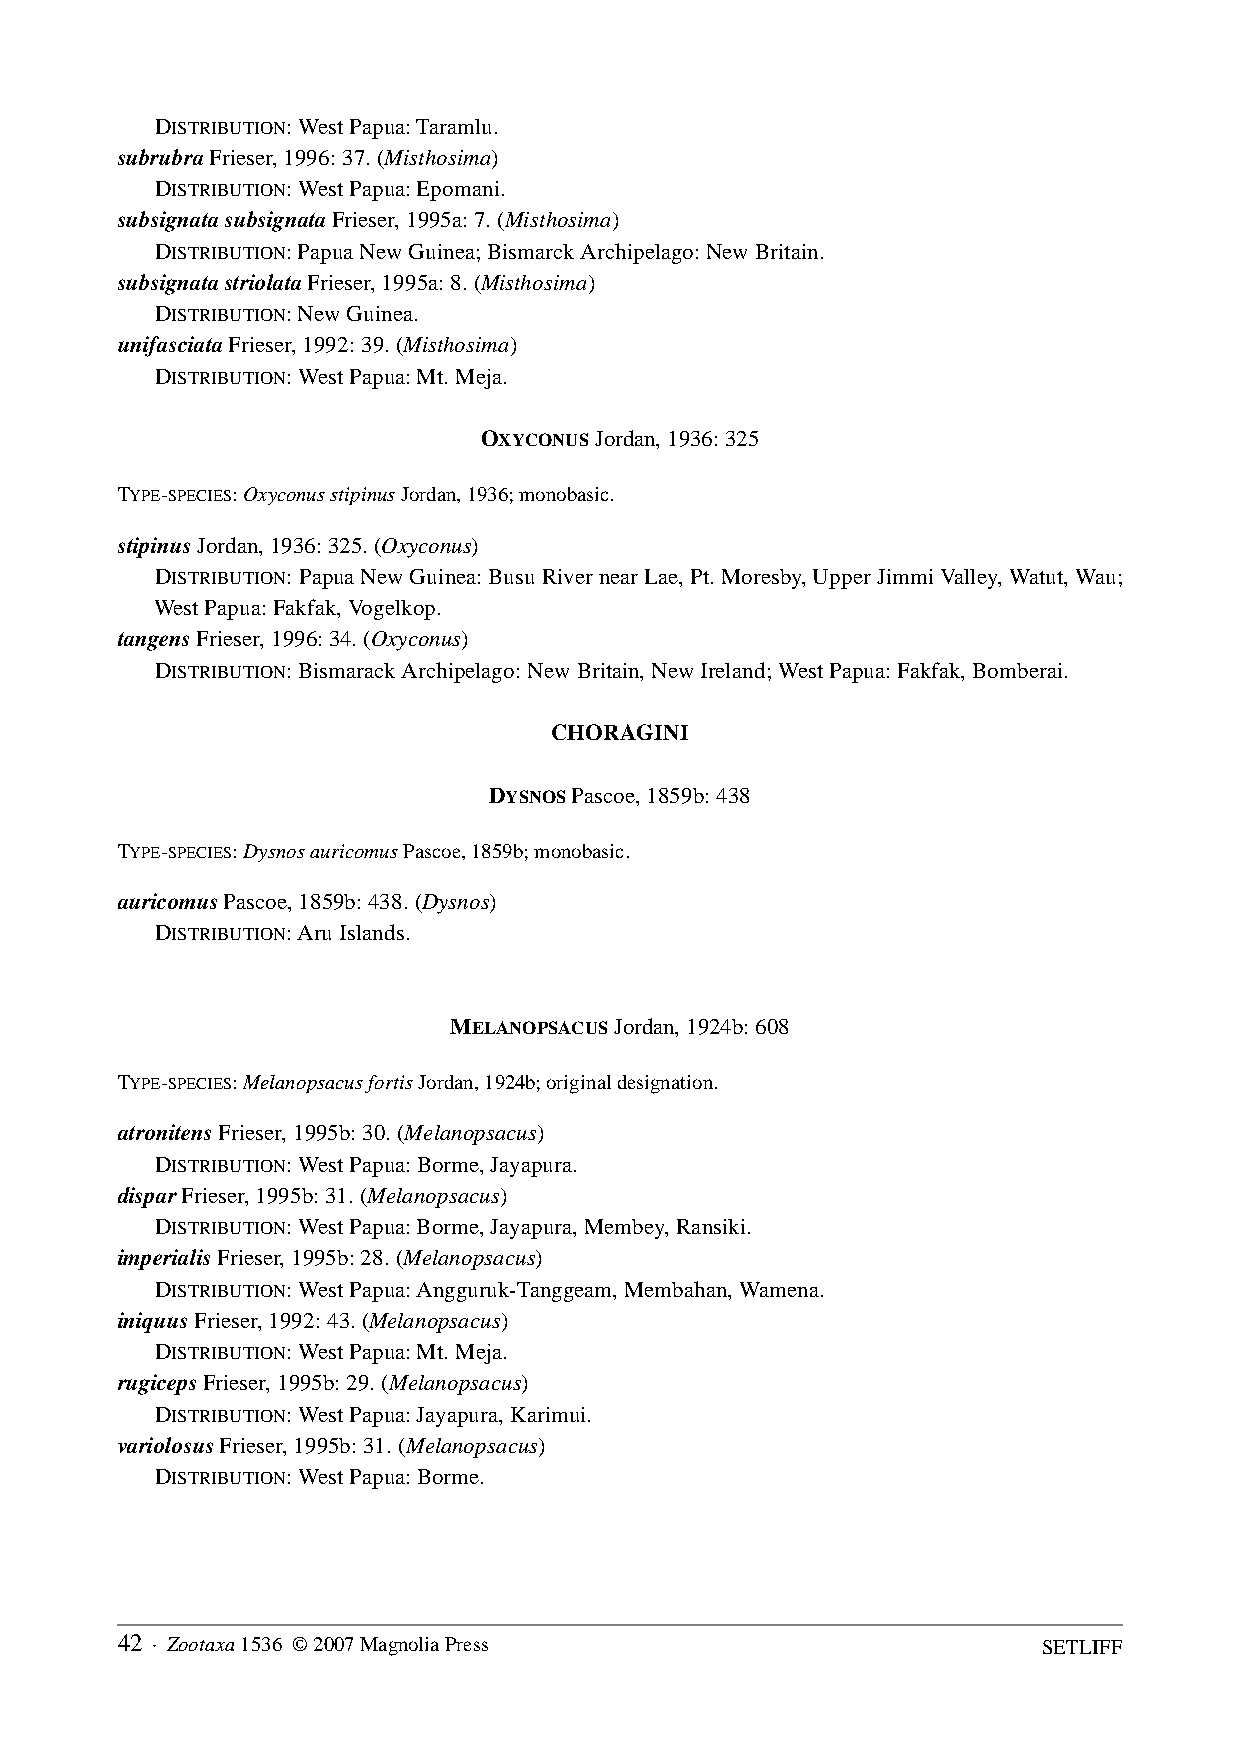
DISTRIBUTION: West Papua: Taramlu.
 subrubra Frieser, 1996: 37. (Misthosima)
 DISTRIBUTION: West Papua: Epomani.
 subsignata subsignata Frieser, 1995a: 7. (Misthosima)
 DISTRIBUTION: Papua New Guinea; Bismarck Archipelago: New Britain.
 subsignata striolata Frieser, 1995a: 8. (Misthosima)
 DISTRIBUTION: New Guinea.
 unifasciata Frieser, 1992: 39. (Misthosima)
 DISTRIBUTION: West Papua: Mt. Meja.
 OXYCONUS Jordan, 1936: 325
 TYPE-SPECIES: Oxyconus stipinus Jordan, 1936; monobasic.
 stipinus Jordan, 1936: 325. (Oxyconus)
 DISTRIBUTION: Papua New Guinea: Busu River near Lae, Pt. Moresby, Upper Jimmi Valley, Watut, Wau;
 West Papua: Fakfak, Vogelkop.
 tangens Frieser, 1996: 34. (Oxyconus)
 DISTRIBUTION: Bismarack Archipelago: New Britain, New Ireland; West Papua: Fakfak, Bomberai.
 CHORAGINI
 DYSNOS Pascoe, 1859b: 438
 TYPE-SPECIES: Dysnos auricomus Pascoe, 1859b; monobasic.
 auricomus Pascoe, 1859b: 438. (Dysnos)
 DISTRIBUTION: Aru Islands.
 MELANOPSACUS Jordan, 1924b: 608
 TYPE-SPECIES: Melanopsacus fortis Jordan, 1924b; original designation.
 atronitens Frieser, 1995b: 30. (Melanopsacus)
 DISTRIBUTION: West Papua: Borme, Jayapura.
 dispar Frieser, 1995b: 31. (Melanopsacus)
 DISTRIBUTION: West Papua: Borme, Jayapura, Membey, Ransiki.
 imperialis Frieser, 1995b: 28. (Melanopsacus)
 DISTRIBUTION: West Papua: Angguruk-Tanggeam, Membahan, Wamena.
 iniquus Frieser, 1992: 43. (Melanopsacus)
 DISTRIBUTION: West Papua: Mt. Meja.
 rugiceps Frieser, 1995b: 29. (Melanopsacus)
 DISTRIBUTION: West Papua: Jayapura, Karimui.
 variolosus Frieser, 1995b: 31. (Melanopsacus)
 DISTRIBUTION: West Papua: Borme.
 42 · Zootaxa 1536 © 2007 Magnolia Press                      SETLIFF